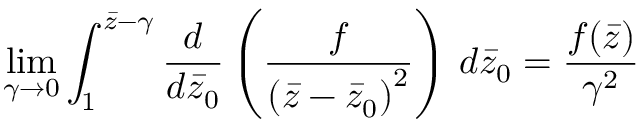
\operatorname* { l i m } _ { \gamma \rightarrow 0 } \int _ { 1 } ^ { \bar { z } - \gamma } \frac { d } { d \bar { z } _ { 0 } } \left( \frac { f } { \left( \bar { z } - \bar { z } _ { 0 } \right) ^ { 2 } } \right) \, d \bar { z } _ { 0 } = \frac { f ( \bar { z } ) } { \gamma ^ { 2 } }